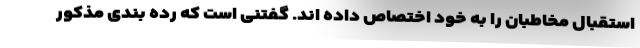
استقبال مخاطبان را به خود اختصاص داده اند. گفتنی است که رده بندی مذکور